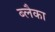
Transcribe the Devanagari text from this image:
ब्लैका